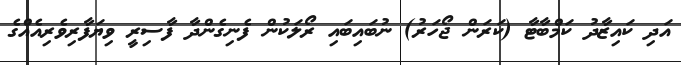
އަދި ކައިޒާދު ކަމްބާޓާ (ކަރަން ޖޯހަރު) ނުބައިބައި ރޯލަކުން ފެނިގެންދާ ފާސިރީ ވިޔަފާރިވެރިއެއްގެ